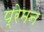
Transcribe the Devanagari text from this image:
प्रेमन